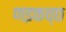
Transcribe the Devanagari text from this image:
णइकच्छ